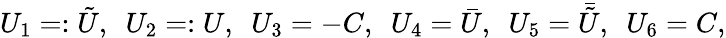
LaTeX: U_{1}=:{\tilde{U}},\ \ U_{2}=:U,\ \ U_{3}=-C,\ \ U_{4}={\bar{U}},\ \ U_{5}={\bar{\tilde{U}}},\ \ U_{6}=C,